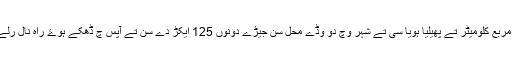
ایہ شہر 4 مربع کلومیٹر تے پھیلیا ہویا سی تے شہر وچ دو وڈے محل سن جیڑے دونوں 125 ایکڑ دے سن تے آپس چ ڈھکے ہوۓ راہ نال رلے ہوۓ سن۔